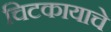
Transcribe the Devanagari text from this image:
चिटकायाचे